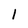
Character: 1